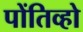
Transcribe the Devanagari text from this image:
पोंतिव्हो